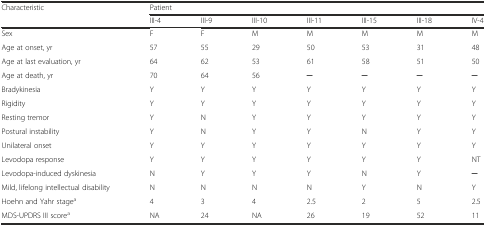
| Characteristic | <COLSPAN=7> Patient |
 |  | III-4 | III-9 | III-10 | III-11 | III-15 | III-18 | IV-4 |
 | --- | --- | --- | --- | --- | --- | --- | --- |
 | Sex | F | F | M | M | M | M | M |
 | Age at onset, yr | 57 | 55 | 29 | 50 | 53 | 31 | 48 |
 | Age at last evaluation, yr | 64 | 62 | 53 | 61 | 58 | 51 | 50 |
 | Age at death, yr | 70 | 64 | 56 | ─ | ─ | ─ | ─ |
 | Bradykinesia | Y | Y | Y | Y | Y | Y | Y |
 | Rigidity | Y | Y | Y | Y | Y | Y | Y |
 | Resting tremor | Y | N | Y | Y | Y | Y | Y |
 | Postural instability | Y | N | Y | Y | N | Y | Y |
 | Unilateral onset | Y | Y | Y | Y | Y | Y | Y |
 | Levodopa response | Y | Y | Y | Y | Y | Y | NT |
 | Levodopa-induced dyskinesia | N | Y | Y | Y | N | Y | ─ |
 | Mild, lifelong intellectual disability | N | N | N | N | Y | N | Y |
 | Hoehn and Yahr stagea | 4 | 3 | 4 | 2.5 | 2 | 5 | 2.5 |
 | MDS-UPDRS III scorea | NA | 24 | NA | 26 | 19 | 52 | 11 |